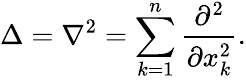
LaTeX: \Delta=\nabla^{2}=\sum_{k=1}^{n}{\frac{\partial^{2}}{\partial x_{k}^{2}}}.